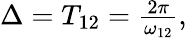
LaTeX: \begin{array}{r}{\Delta=T_{12}=\frac{2\pi}{\omega_{12}},}\end{array}